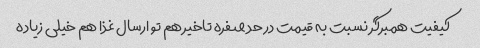
کیفیت همبرگر نسبت به قیمت در حد صفره تاخیر هم تو ارسال غذا هم خیلی زیاده